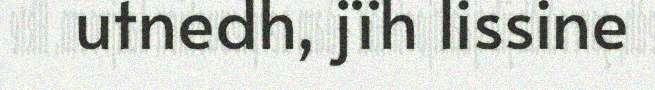
utnedh, jïh lissine